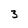
Character: 3